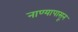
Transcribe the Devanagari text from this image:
नाण्यापासून